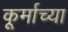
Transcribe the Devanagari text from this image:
कूर्माच्या